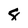
Character: 8